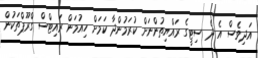
އަދިވެސް އެ ދެ ސިޓީގެ ރައްޔިތުންނަށް ކުރަމުންދާ ކަމަށް ހިއުމަން ރައިޓްސް ގްރޫޕްތަކުން